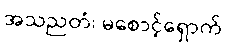
အသညတံ၊ မစောင့်ရှောက်